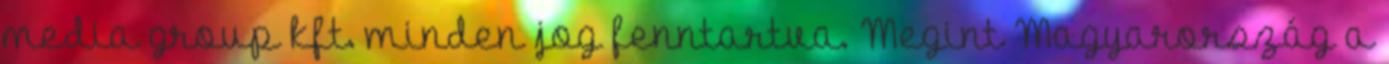
media group kft. minden jog fenntartva. Megint Magyarország a